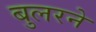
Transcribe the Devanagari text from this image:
बुलरने